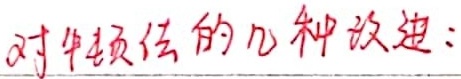
对牛顿法的几种改进：